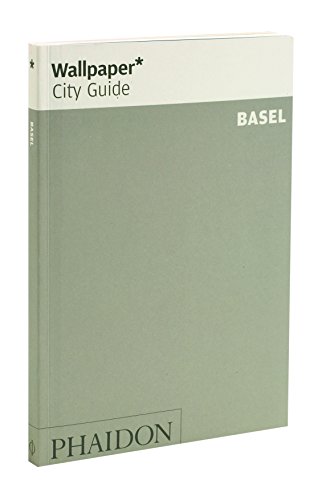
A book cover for Wallpaper* City Guide Basel; Wallpaper*; Travel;